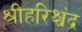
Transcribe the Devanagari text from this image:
श्रीहरिश्चंद्र